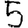
Digit: 5